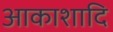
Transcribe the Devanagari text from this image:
आकाशादि